Trukikaitis_Postimees, lk 43
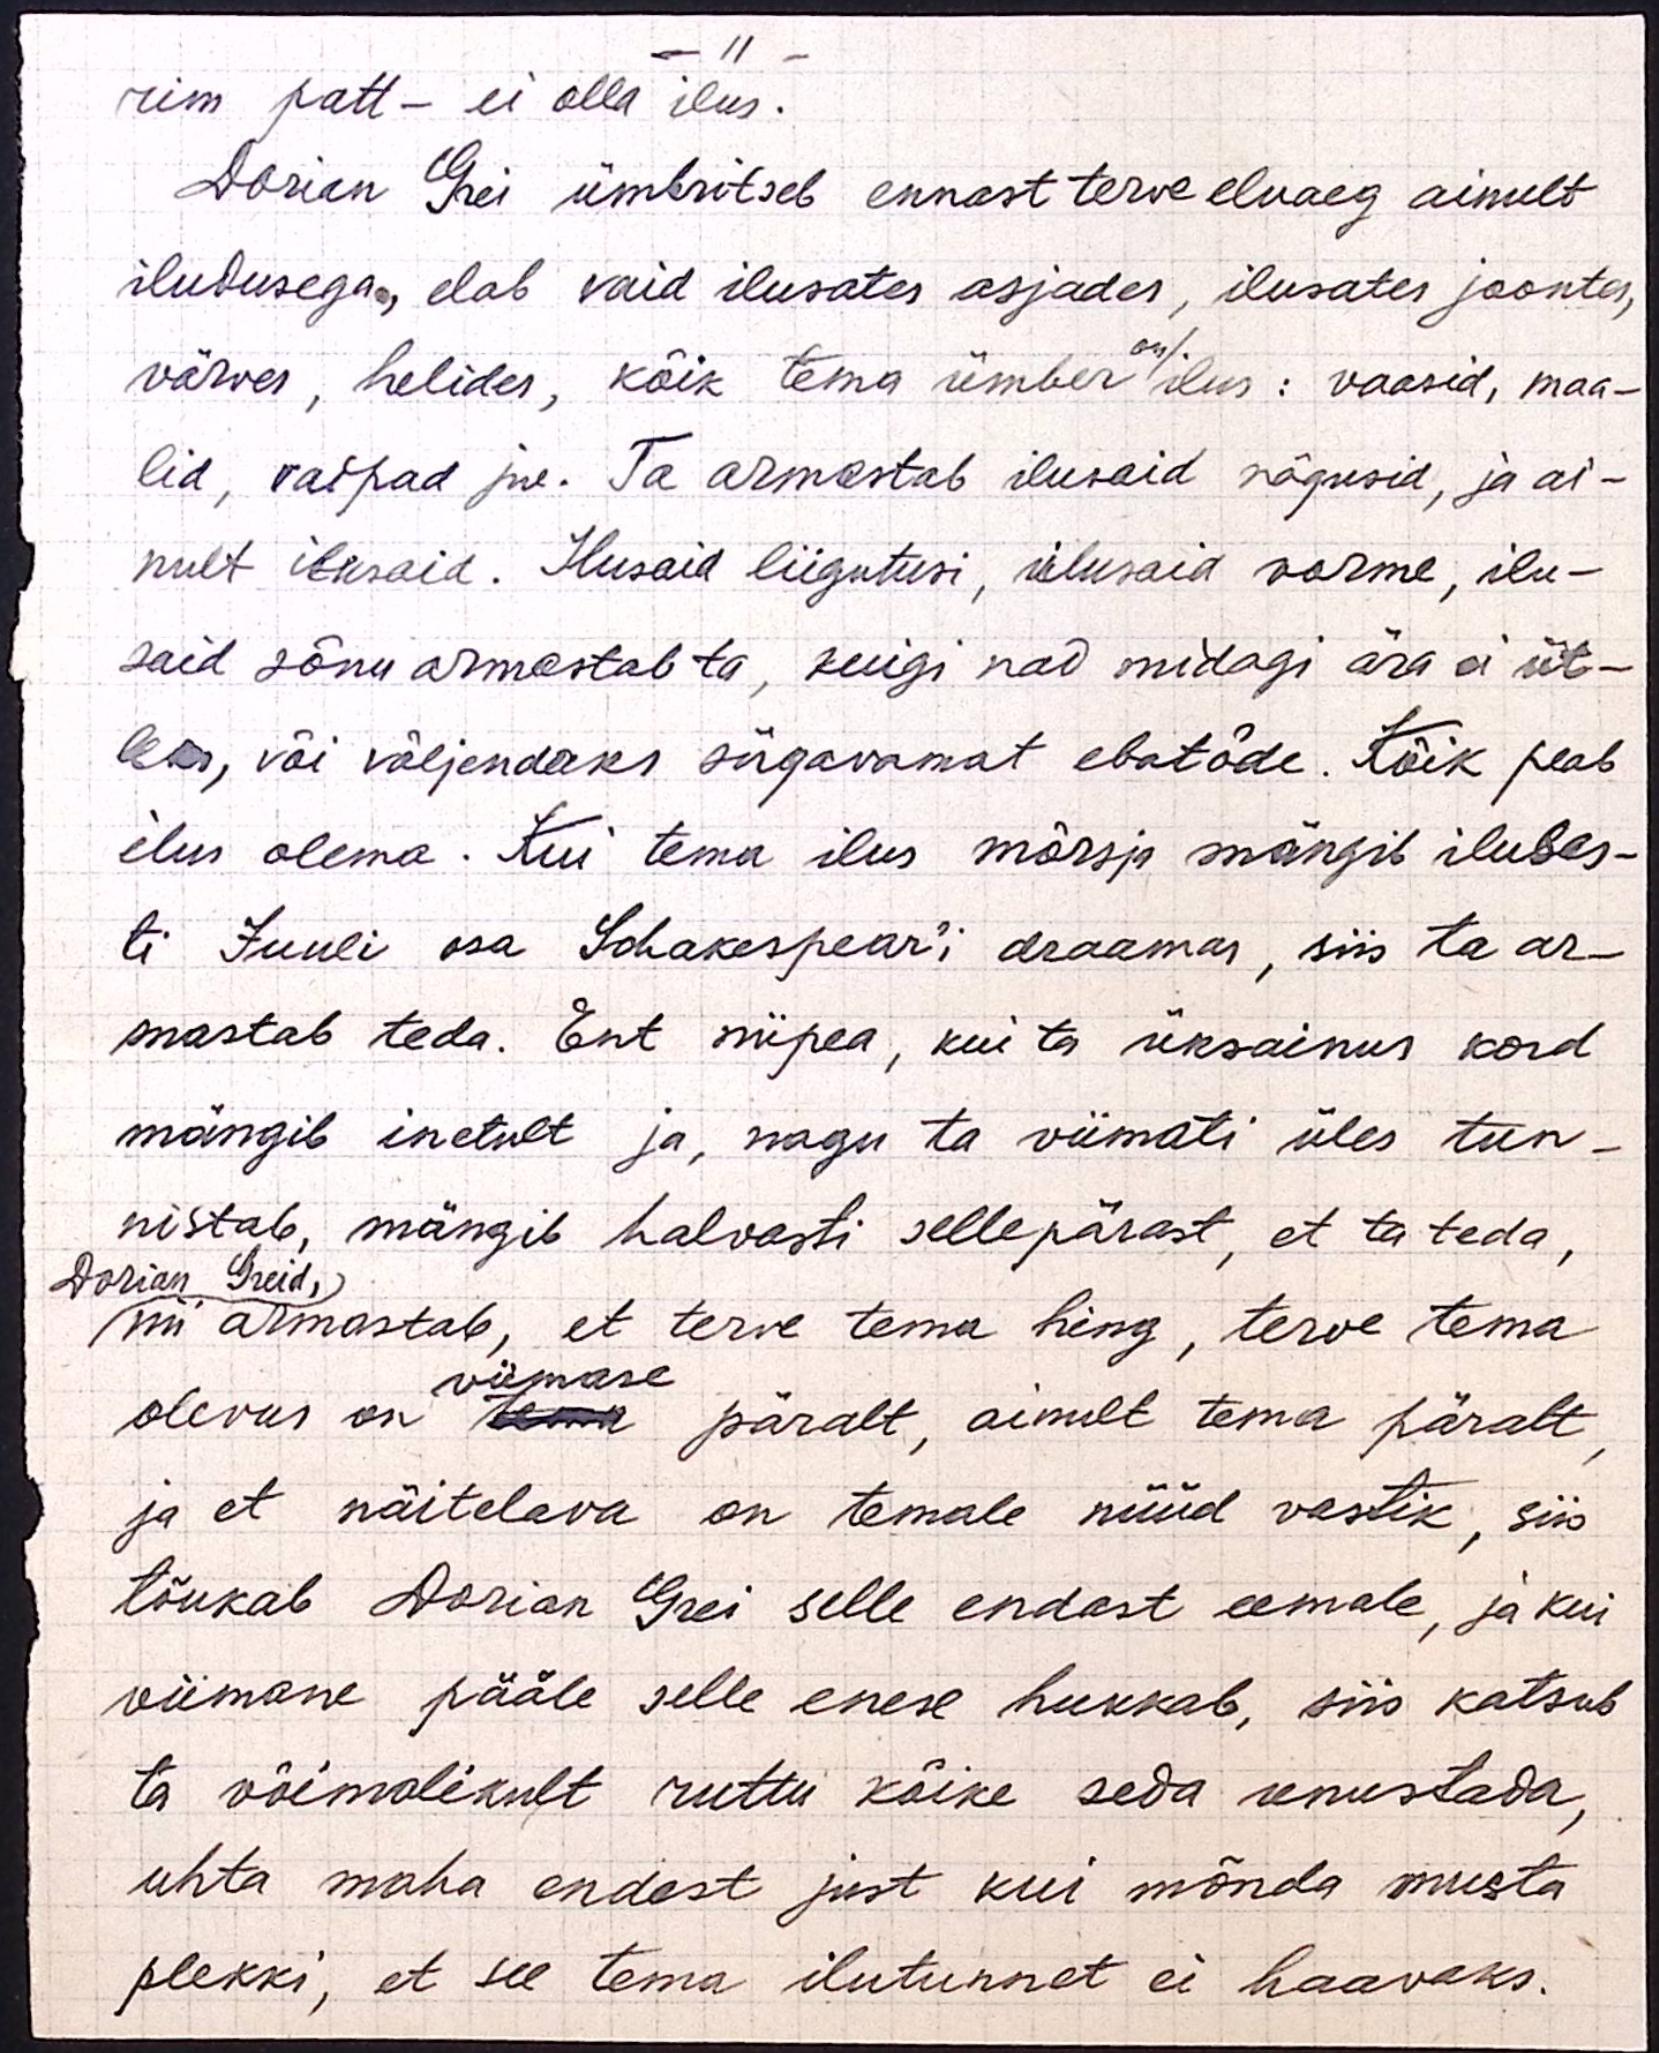
- 11 -
rim patt - ei olla ilus.
Dorian Grei ümbritseb ennast terve eluaeg ainult
iludusega, elab vaid ilusates asjades, ilusates joontes,
on/.
värves, helides, kõik tema ümber ilus: vaasid, maa-
lid, vaipad jne. Ta armastab ilusaid nägusid, ja ai-
nult ilusaid. Ilusaid liigutusi, ilusaid vorme, ilu-
said sõnu armastab ta, kuigi nad midagi ära ei üt-
leks, või väljendaks sügavamat ebatõde. Kõik peab
ilus olema. Kui tema ilus mõrsja mängib ilusas-
ti Juuli osa Schakespear´i draamas, siis ta ar-
mastab teda. Ent niipea, kui ta üksainus kord
mängib inetult ja, nagu ta viimati üles tun-
nistab, mängib halvasti sellepärast, et ta teda,
Dorian Greid,
nii armastab, et terve tema hing, terve tema
viimase
olevus on tema päralt, ainult tema päralt,
ja et näitelava on temale nüüd vastik, siis
tõukab Dorian Grei selle endast eemale, ja kui
viimane pääle selle enese hukkab, siis katsub
ta võimalikult ruttu kõike seda unustada,
uhta maha endast just kui mõnda musta
plekki, et see tema ilutunnet ei haavaks.